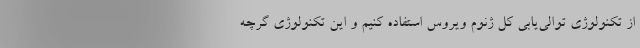
از تکنولوژی توالی‌یابی کل ژنوم ویروس استفاده کنیم و این تکنولوژی گرچه